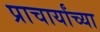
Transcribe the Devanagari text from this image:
प्राचार्यांच्या